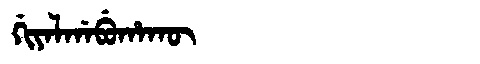
Manchu: ᡤᡳᠶᠠᠯᡤᠠᠪᡠᡥᠠᡴᡡ
Romanization: GIYALGABUHAKŪ